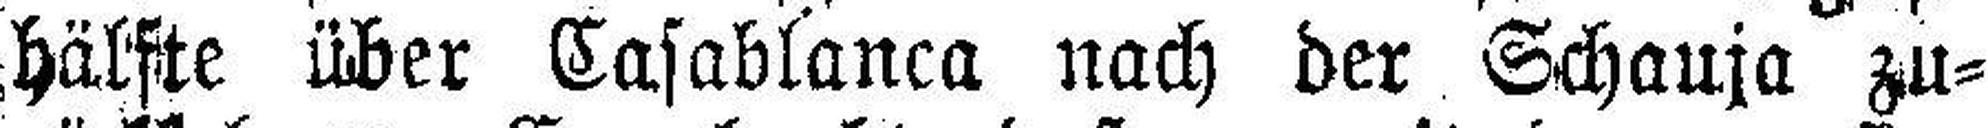
hälfte über Casablanca nach der Schauja zu¬